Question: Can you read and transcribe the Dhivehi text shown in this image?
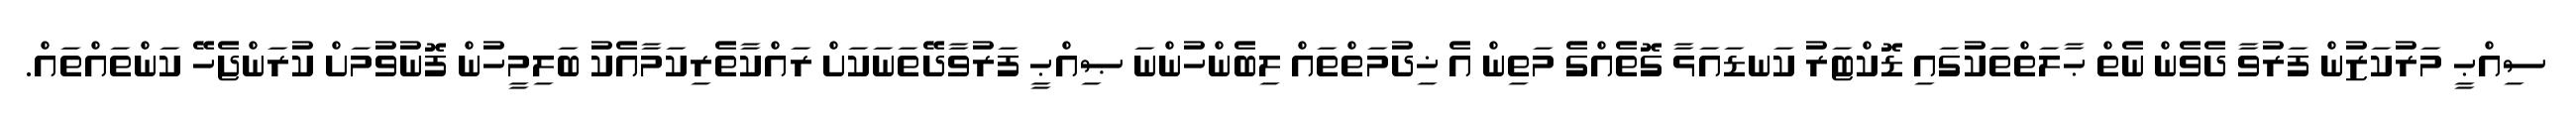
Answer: ސިއްޙީ މަރުކަޒުން ފަރުވާ ދެވެން ނެތް ޙާލަތްތަކުގައި ޑޮކްޓަރު ކަނޑައަޅާ ގޮތެއްގެ މަތިން އެ ޚިދުމަތްތައް ލިބެންހުންނަ ޞިއްޙީ ފަރުވާދޭތަނަކަށް ރައްކާތެރިކަމާއެކު ބަލިމީހުން ފޮނުވުމަށް ކުރަންޖެހޭ ކަންތައްތައް.